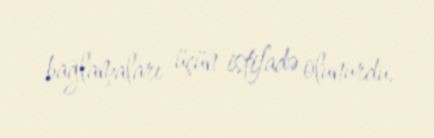
bağlamaları üçün istifadə olunurdu.